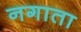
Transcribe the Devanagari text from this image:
नगाता